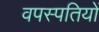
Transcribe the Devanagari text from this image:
वपस्पतियों